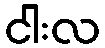
ငါးလ